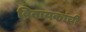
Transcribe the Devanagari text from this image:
विनायकांची